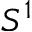
S ^ { 1 }